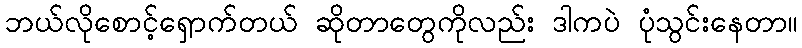
ဘယ်လိုစောင့်ရှောက်တယ် ဆိုတာတွေကိုလည်း ဒါကပဲ ပုံသွင်းနေတာ။